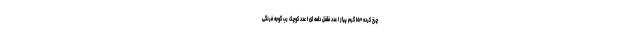
چرخ کرده ۱۵۰ گرم پیاز ۱ عدد فلفل دلمه ای ۱ عدد کوچک رب گوجه فرنگی